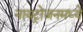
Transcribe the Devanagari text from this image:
नायट्रोजनमध्ये